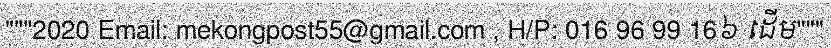
"""2020 Email: mekongpost55@gmail.com , H/P: 016 96 99 16៦ ដើម"""